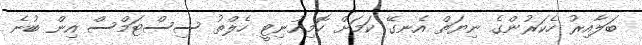
ބަލާއިރު ހެކަރުންގެ ނިޔަތް އެނގޭ ކަމަށް ކޮމިއުނިޓީ ހެލްތު ސިސްޓަމްސް އިން ބުނެ